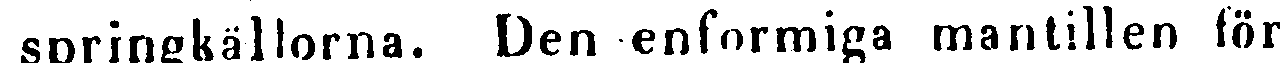
springkällorna. Den enformiga mantillen för-